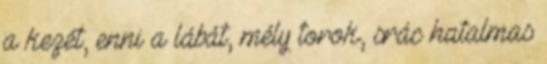
a kezét, enni a lábát, mély torok, srác hatalmas